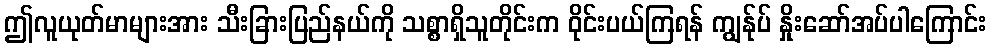
ဤလူယုတ်မာများအား သီးခြားပြည်နယ်ကို သစ္စာရှိသူတိုင်းက ဝိုင်းပယ်ကြရန် ကျွန်ုပ် နှိုးဆော်အပ်ပါကြောင်း